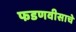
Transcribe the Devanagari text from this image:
फडणवीसाचे